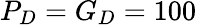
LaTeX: P_{D}=G_{D}=100